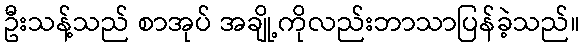
ဦးသန့်သည် စာအုပ် အချို့ကိုလည်းဘာသာပြန်ခဲ့သည်။